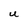
Character: U